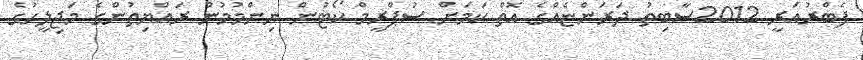
ފެބްރުއަރީ 2012ސާބިތު ދަރަންޏެއްގެ އޮތް ކަމަށް ސުޕްރީމް ކޯޓުން ނިންމުމުން ރައްޔިތުންގެ މަޖިލީހުގެ